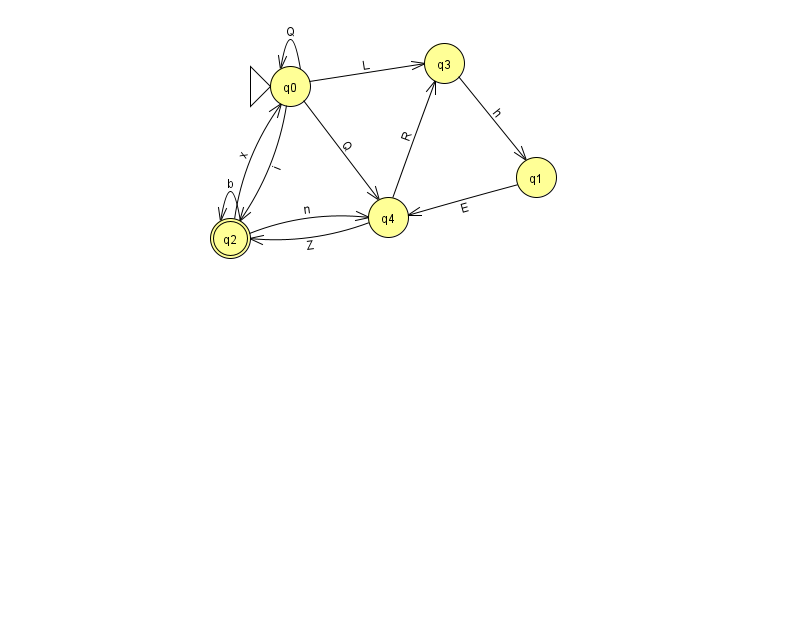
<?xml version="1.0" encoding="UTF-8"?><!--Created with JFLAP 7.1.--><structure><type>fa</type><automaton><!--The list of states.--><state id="0" name="q0"><x>290.0</x><y>73.0</y><initial/></state><state id="1" name="q1"><x>536.0</x><y>164.0</y></state><state id="2" name="q2"><x>230.0</x><y>225.0</y><final/></state><state id="3" name="q3"><x>444.0</x><y>50.0</y></state><state id="4" name="q4"><x>388.0</x><y>204.0</y></state><!--The list of transitions.--><transition><from>0</from><to>0</to><read>Q</read></transition><transition><from>4</from><to>3</to><read>R</read></transition><transition><from>0</from><to>4</to><read>Q</read></transition><transition><from>2</from><to>0</to><read>x</read></transition><transition><from>2</from><to>2</to><read>b</read></transition><transition><from>0</from><to>2</to><read>i</read></transition><transition><from>4</from><to>2</to><read>Z</read></transition><transition><from>3</from><to>1</to><read>h</read></transition><transition><from>2</from><to>4</to><read>n</read></transition><transition><from>1</from><to>4</to><read>E</read></transition><transition><from>0</from><to>3</to><read>L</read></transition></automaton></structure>